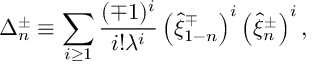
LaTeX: \Delta _ { n } ^ { \pm } \equiv \sum _ { i \geq 1 } ^ { } \frac { ( \mp 1 ) ^ { i } } { i ! \lambda ^ { i } } \left( \hat { \xi } _ { 1 - n } ^ { \mp } \right) ^ { i } \left( \hat { \xi } _ { n } ^ { \pm } \right) ^ { i } ,